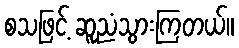
စသဖြင့် ဆူညံသွားကြတယ်။